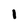
Character: l